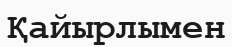
Қайырлымен